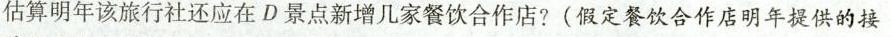
估算明年该旅行社还应在D景点新增几家餐饮合作店?(假定餐饮合作店明年提供的接